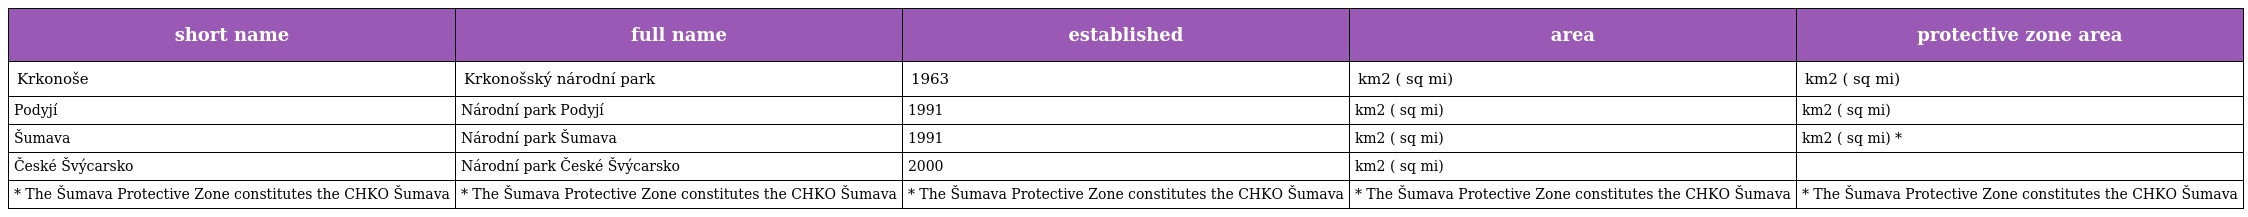
| short name | full name | established | area | protective zone area |
 | --- | --- | --- | --- | --- |
 | Krkonoše | Krkonošský národní park | 1963 | km2 ( sq mi) | km2 ( sq mi) |
 | Podyjí | Národní park Podyjí | 1991 | km2 ( sq mi) | km2 ( sq mi) |
 | Šumava | Národní park Šumava | 1991 | km2 ( sq mi) | km2 ( sq mi) * |
 | České Švýcarsko | Národní park České Švýcarsko | 2000 | km2 ( sq mi) |  |
 | * The Šumava Protective Zone constitutes the CHKO Šumava | * The Šumava Protective Zone constitutes the CHKO Šumava | * The Šumava Protective Zone constitutes the CHKO Šumava | * The Šumava Protective Zone constitutes the CHKO Šumava | * The Šumava Protective Zone constitutes the CHKO Šumava |